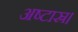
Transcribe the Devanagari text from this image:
अष्टास्र।